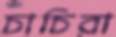
চাচিরা